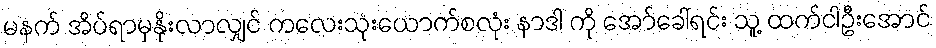
မနက် အိပ်ရာမှနိုးလာလျှင် ကလေးသုံးယောက်စလုံး နာဒါ ကို အော်ခေါ်ရင်း သူ့ ထက်ငါဦးအောင်